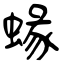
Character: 蝝